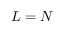
\cal { L } = \cal { N }